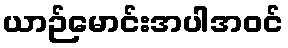
ယာဉ်မောင်းအပါအဝင်